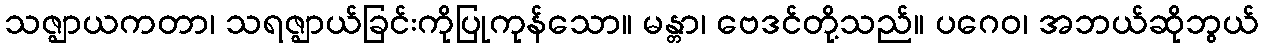
သဇ္ဈာယကတာ၊ သရဇ္ဈာယ်ခြင်းကိုပြုကုန်သော။ မန္တာ၊ ဗေဒင်တို့သည်။ ပဂေဝ၊ အဘယ်ဆိုဘွယ်